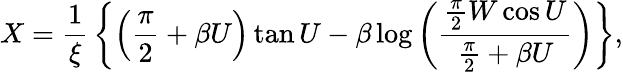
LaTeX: X={\frac{1}{\xi}}\left\{ \left({\frac{\pi}{2}}+\beta U\right)\tan U-\beta\log\left({\frac{{\frac{\pi}{2}}W\cos U}{{\frac{\pi}{2}}+\beta U}}\right)\right\} ,